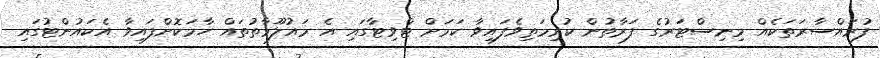
ފުރައްސާރަތަކެއް މިނިސްޓަރުގެ ފަރާތުން ކުރިމަތިވެފައިވާ ކަމަށް ޓްވިޓާގައި އެ މައުލޫމާތުތައް ހާމަކޮށްފައިވާ އެކައުންޓުގައި